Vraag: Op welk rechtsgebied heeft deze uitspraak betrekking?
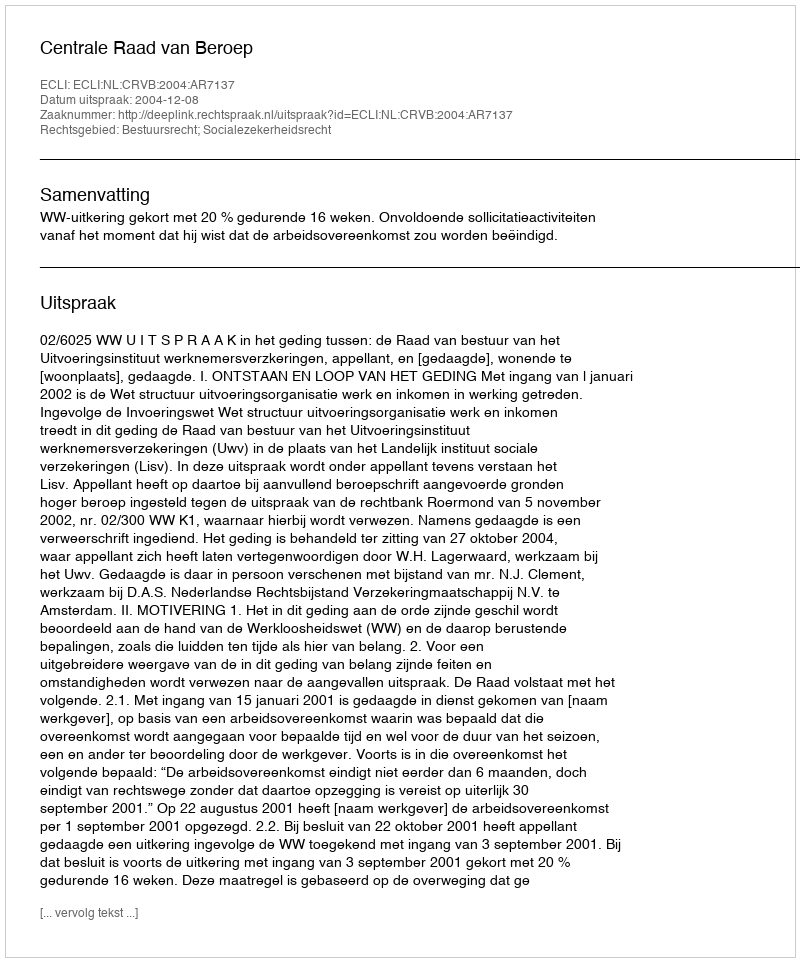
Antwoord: Bestuursrecht; Socialezekerheidsrecht